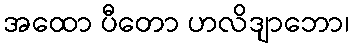
အထော ပီတော ဟလိဒျာဘော၊